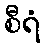
စီရံ